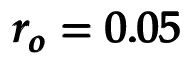
\pmb { r _ { o } = 0 . 0 5 }